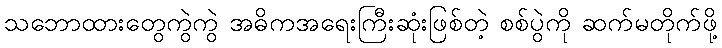
သဘောထားတွေကွဲကွဲ အဓိကအရေးကြီးဆုံးဖြစ်တဲ့ စစ်ပွဲကို ဆက်မတိုက်ဖို့